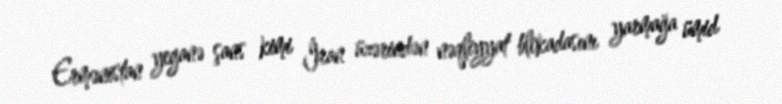
Ermənistan yeganə şans kimi İran üzərindən nəqliyyat blokadasını yarmağa ümid